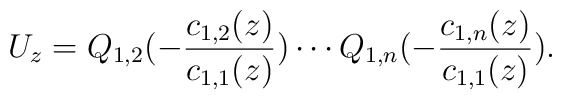
U_z=Q_{1,2}(-\frac{c_{1,2}(z)}{c_{1,1}(z)}) \cdots Q_{1,n}(-\frac{c_{1,n}(z)}{c_{1,1}(z)}).